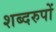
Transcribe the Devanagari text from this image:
शब्दरुपों